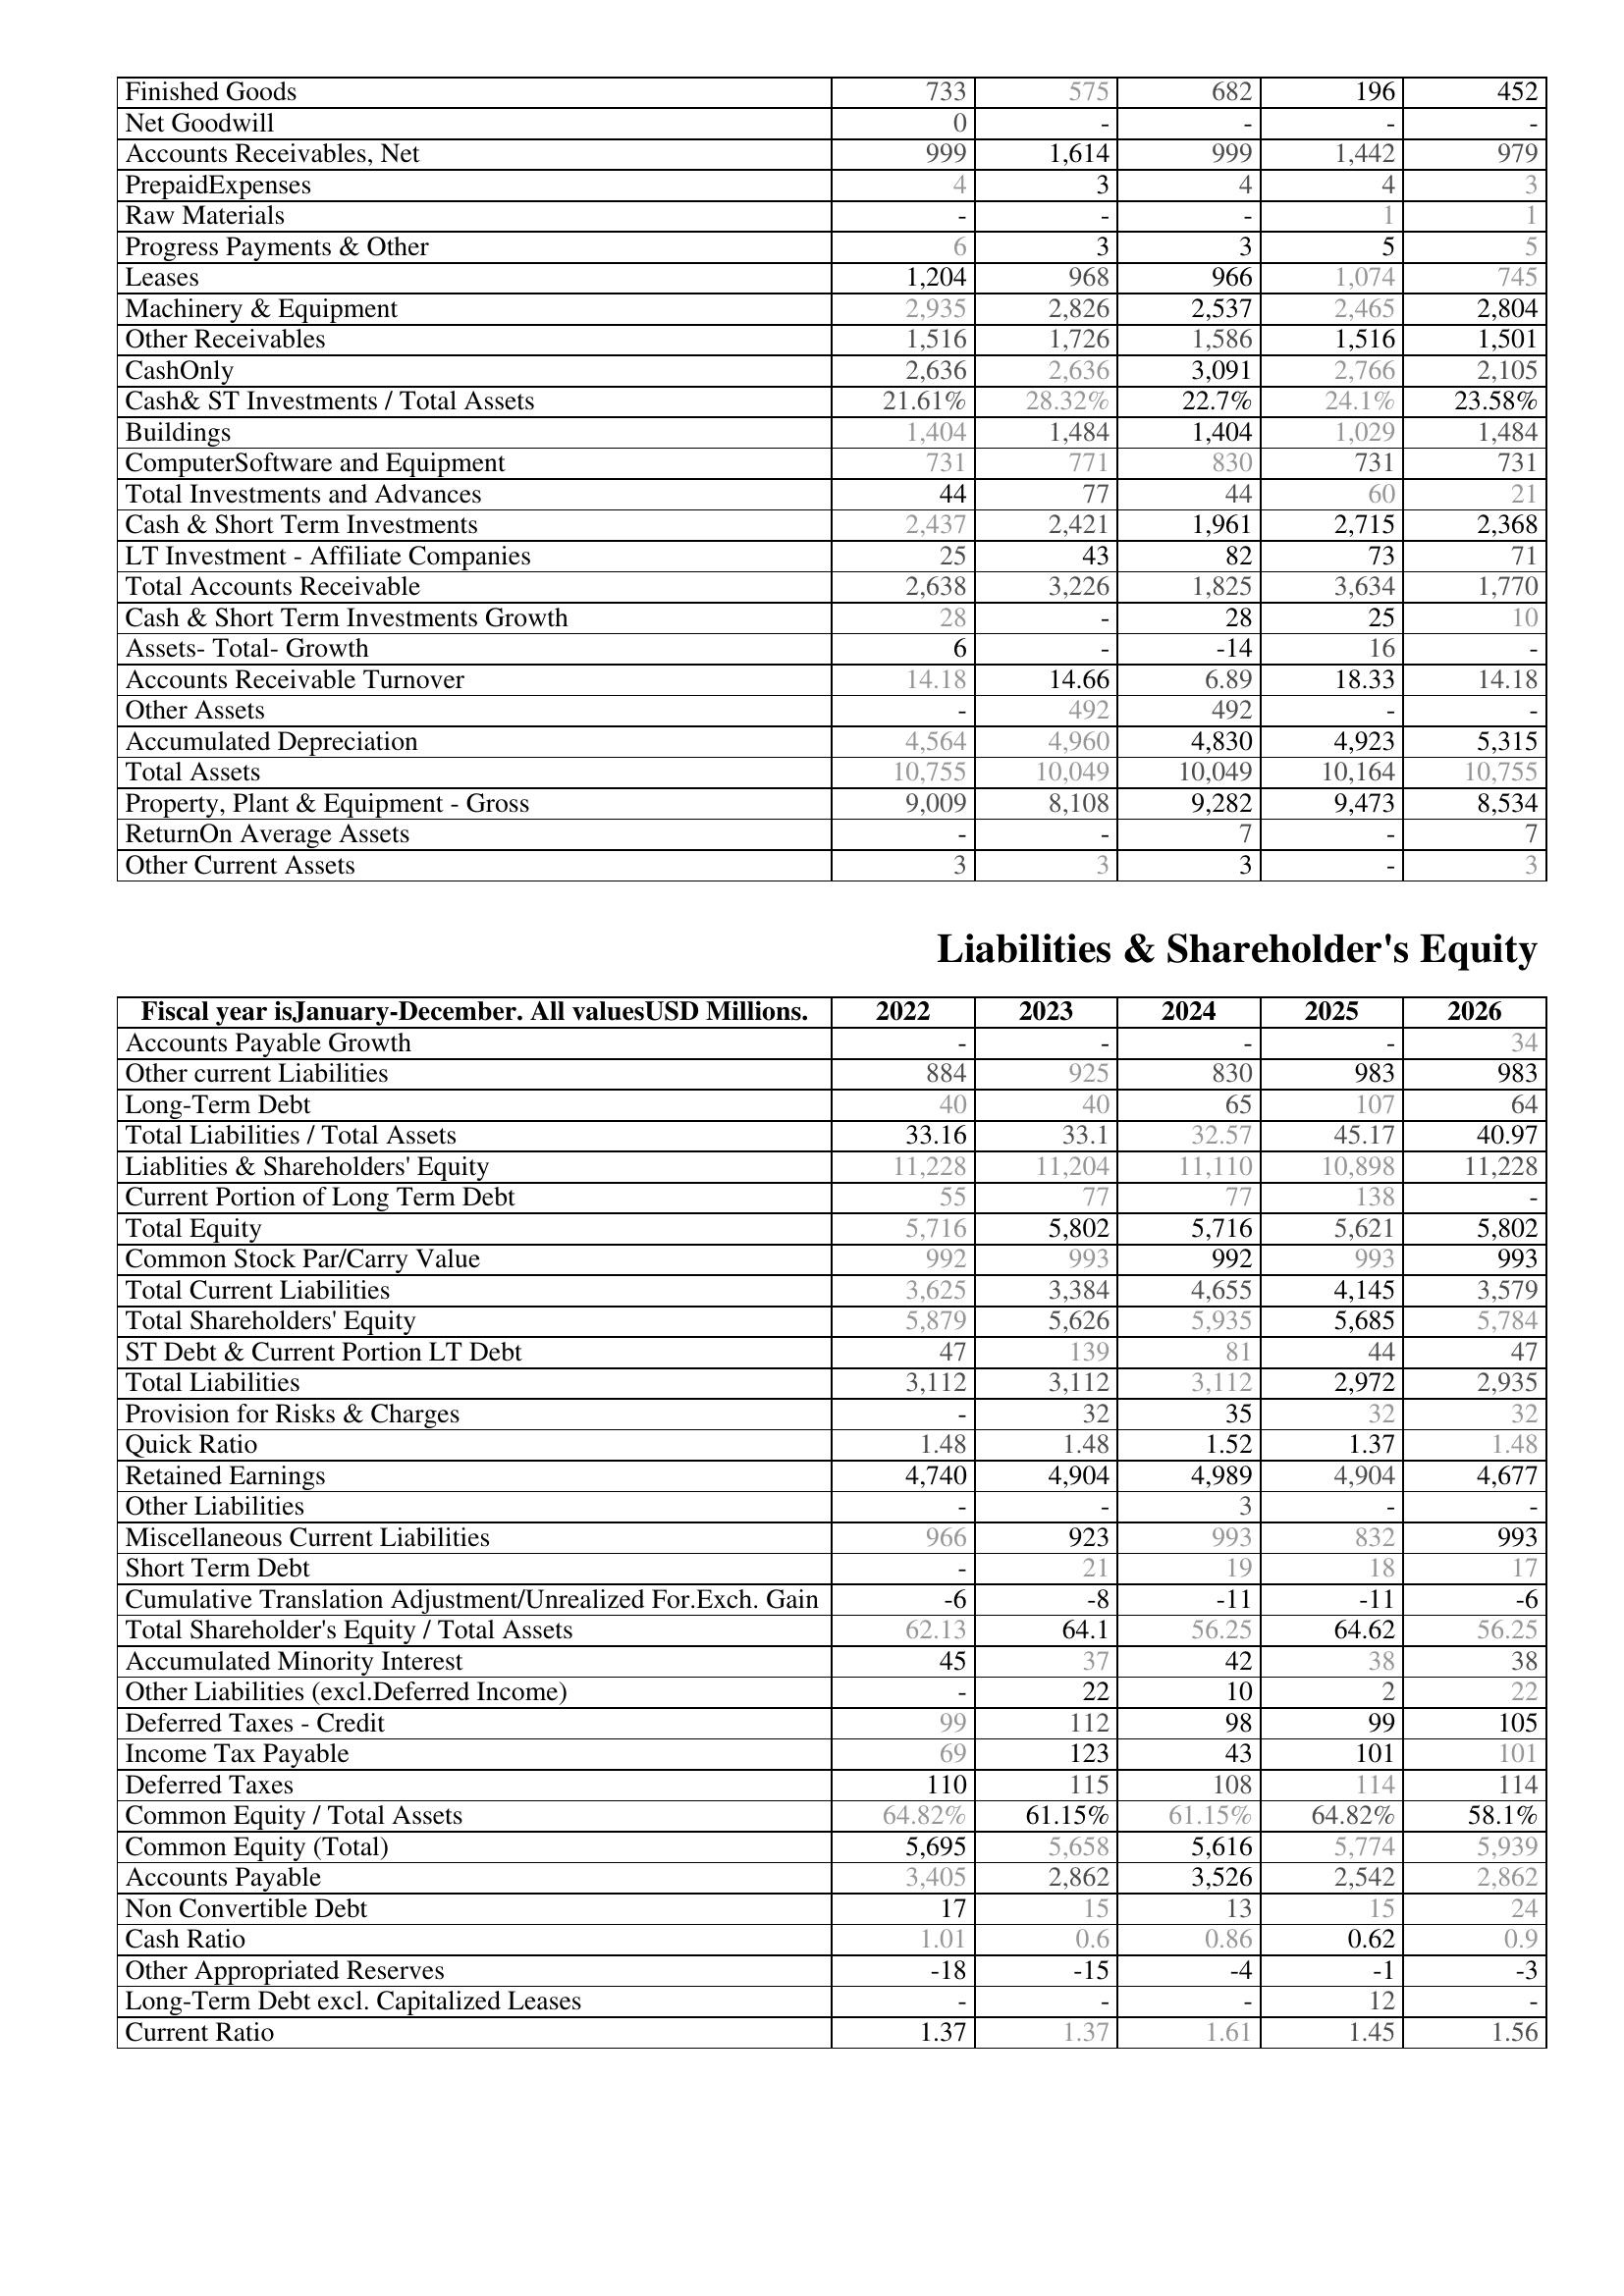
2022: Assets: Finished Goods: 733
Net Goodwill: 0
Accounts Receivables, Net: 999
PrepaidExpenses: 4
Raw Materials: -
Progress Payments & Other: 6
Leases: 1,204
Machinery & Equipment: 2,935
Other Receivables: 1,516
CashOnly: 2,636
Cash& ST Investments / Total Assets: 21.61%
Buildings: 1,404
ComputerSoftware and Equipment: 731
Total Investments and Advances: 44
Cash & Short Term Investments: 2,437
LT Investment - Affiliate Companies: 25
Total Accounts Receivable: 2,638
Cash & Short Term Investments Growth: 28
Assets- Total- Growth: 6
Accounts Receivable Turnover: 14.18
Other Assets: -
Accumulated Depreciation: 4,564
Total Assets: 10,755
Property, Plant & Equipment - Gross : 9,009
ReturnOn Average Assets: -
Other Current Assets: 3
Liabilities & Shareholder's Equity: Accounts Payable Growth: -
Other current Liabilities: 884
Long-Term Debt: 40
Total Liabilities / Total Assets: 33.16
Liablities & Shareholders' Equity: 11,228
Current Portion of Long Term Debt: 55
Total Equity: 5,716
Common Stock Par/Carry Value: 992
Total Current Liabilities: 3,625
Total Shareholders' Equity: 5,879
ST Debt & Current Portion LT Debt: 47
Total Liabilities: 3,112
Provision for Risks & Charges: -
Quick Ratio: 1.48
Retained Earnings: 4,740
Other Liabilities: -
Miscellaneous Current Liabilities: 966
Short Term Debt: -
Cumulative Translation Adjustment/Unrealized For.Exch. Gain: -6
Total Shareholder's Equity / Total Assets: 62.13
Accumulated Minority Interest: 45
Other Liabilities (excl.Deferred Income): -
Deferred Taxes - Credit: 99
Income Tax Payable: 69
Deferred Taxes: 110
Common Equity / Total Assets: 64.82%
Common Equity (Total): 5,695
Accounts Payable: 3,405
Non Convertible Debt: 17
Cash Ratio: 1.01
Other Appropriated Reserves: -18
Long-Term Debt excl. Capitalized Leases: -
Current Ratio: 1.37
2023: Assets: Finished Goods: 575
Net Goodwill: -
Accounts Receivables, Net: 1,614
PrepaidExpenses: 3
Raw Materials: -
Progress Payments & Other: 3
Leases: 968
Machinery & Equipment: 2,826
Other Receivables: 1,726
CashOnly: 2,636
Cash& ST Investments / Total Assets: 28.32%
Buildings: 1,484
ComputerSoftware and Equipment: 771
Total Investments and Advances: 77
Cash & Short Term Investments: 2,421
LT Investment - Affiliate Companies: 43
Total Accounts Receivable: 3,226
Cash & Short Term Investments Growth: -
Assets- Total- Growth: -
Accounts Receivable Turnover: 14.66
Other Assets: 492
Accumulated Depreciation: 4,960
Total Assets: 10,049
Property, Plant & Equipment - Gross : 8,108
ReturnOn Average Assets: -
Other Current Assets: 3
Liabilities & Shareholder's Equity: Accounts Payable Growth: -
Other current Liabilities: 925
Long-Term Debt: 40
Total Liabilities / Total Assets: 33.1
Liablities & Shareholders' Equity: 11,204
Current Portion of Long Term Debt: 77
Total Equity: 5,802
Common Stock Par/Carry Value: 993
Total Current Liabilities: 3,384
Total Shareholders' Equity: 5,626
ST Debt & Current Portion LT Debt: 139
Total Liabilities: 3,112
Provision for Risks & Charges: 32
Quick Ratio: 1.48
Retained Earnings: 4,904
Other Liabilities: -
Miscellaneous Current Liabilities: 923
Short Term Debt: 21
Cumulative Translation Adjustment/Unrealized For.Exch. Gain: -8
Total Shareholder's Equity / Total Assets: 64.1
Accumulated Minority Interest: 37
Other Liabilities (excl.Deferred Income): 22
Deferred Taxes - Credit: 112
Income Tax Payable: 123
Deferred Taxes: 115
Common Equity / Total Assets: 61.15%
Common Equity (Total): 5,658
Accounts Payable: 2,862
Non Convertible Debt: 15
Cash Ratio: 0.6
Other Appropriated Reserves: -15
Long-Term Debt excl. Capitalized Leases: -
Current Ratio: 1.37
2024: Assets: Finished Goods: 682
Net Goodwill: -
Accounts Receivables, Net: 999
PrepaidExpenses: 4
Raw Materials: -
Progress Payments & Other: 3
Leases: 966
Machinery & Equipment: 2,537
Other Receivables: 1,586
CashOnly: 3,091
Cash& ST Investments / Total Assets: 22.7%
Buildings: 1,404
ComputerSoftware and Equipment: 830
Total Investments and Advances: 44
Cash & Short Term Investments: 1,961
LT Investment - Affiliate Companies: 82
Total Accounts Receivable: 1,825
Cash & Short Term Investments Growth: 28
Assets- Total- Growth: -14
Accounts Receivable Turnover: 6.89
Other Assets: 492
Accumulated Depreciation: 4,830
Total Assets: 10,049
Property, Plant & Equipment - Gross : 9,282
ReturnOn Average Assets: 7
Other Current Assets: 3
Liabilities & Shareholder's Equity: Accounts Payable Growth: -
Other current Liabilities: 830
Long-Term Debt: 65
Total Liabilities / Total Assets: 32.57
Liablities & Shareholders' Equity: 11,110
Current Portion of Long Term Debt: 77
Total Equity: 5,716
Common Stock Par/Carry Value: 992
Total Current Liabilities: 4,655
Total Shareholders' Equity: 5,935
ST Debt & Current Portion LT Debt: 81
Total Liabilities: 3,112
Provision for Risks & Charges: 35
Quick Ratio: 1.52
Retained Earnings: 4,989
Other Liabilities: 3
Miscellaneous Current Liabilities: 993
Short Term Debt: 19
Cumulative Translation Adjustment/Unrealized For.Exch. Gain: -11
Total Shareholder's Equity / Total Assets: 56.25
Accumulated Minority Interest: 42
Other Liabilities (excl.Deferred Income): 10
Deferred Taxes - Credit: 98
Income Tax Payable: 43
Deferred Taxes: 108
Common Equity / Total Assets: 61.15%
Common Equity (Total): 5,616
Accounts Payable: 3,526
Non Convertible Debt: 13
Cash Ratio: 0.86
Other Appropriated Reserves: -4
Long-Term Debt excl. Capitalized Leases: -
Current Ratio: 1.61
2025: Assets: Finished Goods: 196
Net Goodwill: -
Accounts Receivables, Net: 1,442
PrepaidExpenses: 4
Raw Materials: 1
Progress Payments & Other: 5
Leases: 1,074
Machinery & Equipment: 2,465
Other Receivables: 1,516
CashOnly: 2,766
Cash& ST Investments / Total Assets: 24.1%
Buildings: 1,029
ComputerSoftware and Equipment: 731
Total Investments and Advances: 60
Cash & Short Term Investments: 2,715
LT Investment - Affiliate Companies: 73
Total Accounts Receivable: 3,634
Cash & Short Term Investments Growth: 25
Assets- Total- Growth: 16
Accounts Receivable Turnover: 18.33
Other Assets: -
Accumulated Depreciation: 4,923
Total Assets: 10,164
Property, Plant & Equipment - Gross : 9,473
ReturnOn Average Assets: -
Other Current Assets: -
Liabilities & Shareholder's Equity: Accounts Payable Growth: -
Other current Liabilities: 983
Long-Term Debt: 107
Total Liabilities / Total Assets: 45.17
Liablities & Shareholders' Equity: 10,898
Current Portion of Long Term Debt: 138
Total Equity: 5,621
Common Stock Par/Carry Value: 993
Total Current Liabilities: 4,145
Total Shareholders' Equity: 5,685
ST Debt & Current Portion LT Debt: 44
Total Liabilities: 2,972
Provision for Risks & Charges: 32
Quick Ratio: 1.37
Retained Earnings: 4,904
Other Liabilities: -
Miscellaneous Current Liabilities: 832
Short Term Debt: 18
Cumulative Translation Adjustment/Unrealized For.Exch. Gain: -11
Total Shareholder's Equity / Total Assets: 64.62
Accumulated Minority Interest: 38
Other Liabilities (excl.Deferred Income): 2
Deferred Taxes - Credit: 99
Income Tax Payable: 101
Deferred Taxes: 114
Common Equity / Total Assets: 64.82%
Common Equity (Total): 5,774
Accounts Payable: 2,542
Non Convertible Debt: 15
Cash Ratio: 0.62
Other Appropriated Reserves: -1
Long-Term Debt excl. Capitalized Leases: 12
Current Ratio: 1.45
2026: Assets: Finished Goods: 452
Net Goodwill: -
Accounts Receivables, Net: 979
PrepaidExpenses: 3
Raw Materials: 1
Progress Payments & Other: 5
Leases: 745
Machinery & Equipment: 2,804
Other Receivables: 1,501
CashOnly: 2,105
Cash& ST Investments / Total Assets: 23.58%
Buildings: 1,484
ComputerSoftware and Equipment: 731
Total Investments and Advances: 21
Cash & Short Term Investments: 2,368
LT Investment - Affiliate Companies: 71
Total Accounts Receivable: 1,770
Cash & Short Term Investments Growth: 10
Assets- Total- Growth: -
Accounts Receivable Turnover: 14.18
Other Assets: -
Accumulated Depreciation: 5,315
Total Assets: 10,755
Property, Plant & Equipment - Gross : 8,534
ReturnOn Average Assets: 7
Other Current Assets: 3
Liabilities & Shareholder's Equity: Accounts Payable Growth: 34
Other current Liabilities: 983
Long-Term Debt: 64
Total Liabilities / Total Assets: 40.97
Liablities & Shareholders' Equity: 11,228
Current Portion of Long Term Debt: -
Total Equity: 5,802
Common Stock Par/Carry Value: 993
Total Current Liabilities: 3,579
Total Shareholders' Equity: 5,784
ST Debt & Current Portion LT Debt: 47
Total Liabilities: 2,935
Provision for Risks & Charges: 32
Quick Ratio: 1.48
Retained Earnings: 4,677
Other Liabilities: -
Miscellaneous Current Liabilities: 993
Short Term Debt: 17
Cumulative Translation Adjustment/Unrealized For.Exch. Gain: -6
Total Shareholder's Equity / Total Assets: 56.25
Accumulated Minority Interest: 38
Other Liabilities (excl.Deferred Income): 22
Deferred Taxes - Credit: 105
Income Tax Payable: 101
Deferred Taxes: 114
Common Equity / Total Assets: 58.1%
Common Equity (Total): 5,939
Accounts Payable: 2,862
Non Convertible Debt: 24
Cash Ratio: 0.9
Other Appropriated Reserves: -3
Long-Term Debt excl. Capitalized Leases: -
Current Ratio: 1.56